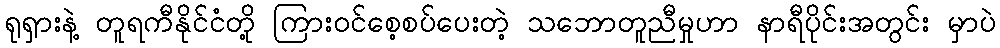
ရုရှားနဲ့ တူရကီနိုင်ငံတို့ ကြားဝင်စေ့စပ်ပေးတဲ့ သဘောတူညီမှုဟာ နာရီပိုင်းအတွင်း မှာပဲ